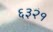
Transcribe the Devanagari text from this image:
६३२१